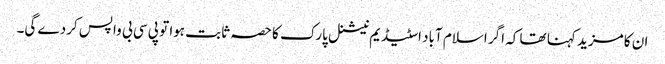
ان کا مزید کہنا تھا کہ اگر اسلام آباد اسٹیڈیم نیشنل پارک کا حصہ ثابت ہوا تو پی سی بی واپس کردے گی۔